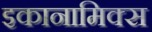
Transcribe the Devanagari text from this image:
इकानामिक्स